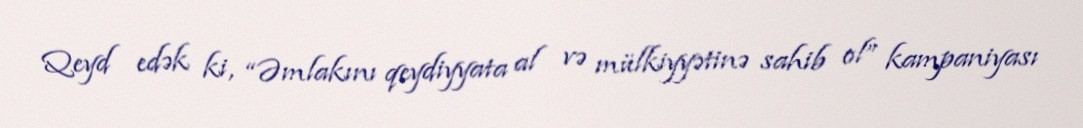
Qeyd edək ki, “Əmlakını qeydiyyata al və mülkiyyətinə sahib ol” kampaniyası